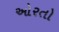
ઓરતો